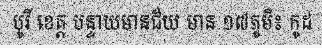
បូរី ខេត្ត បន្ទាយមានជ័យ មាន ១៧ភូមិ៖ កូដ